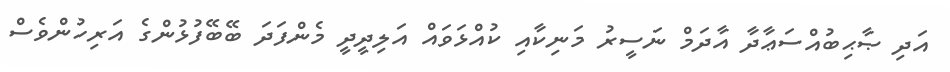
އަދި ޞާޙިބުއްސަޢާދާ އާދަމް ނަސީރު މަނިކާއި ކުއްޅަވައް އަލިދީދީ މެންފަދަ ބޭބޭފުޅުންގެ އަރިހުންވެސް